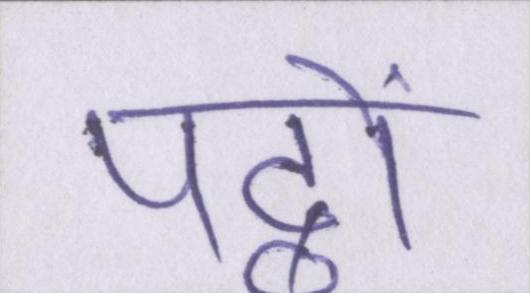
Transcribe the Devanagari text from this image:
पट्ठों